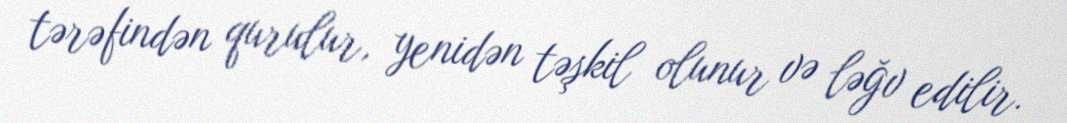
tərəfindən qurulur, yenidən təşkil olunur və ləğv edilir.